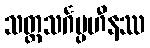
သတ္တသင်္ဂပ္ပဟီနဿ